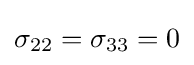
\sigma _{22}=\sigma _{33}=0